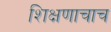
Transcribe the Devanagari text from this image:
शिक्षणाचाच